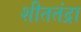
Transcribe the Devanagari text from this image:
शीततंद्रा